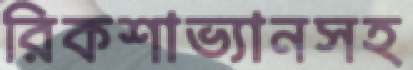
রিকশাভ্যানসহ